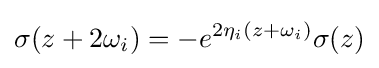
\sigma (z+2\omega _{i})=-e^{2\eta _{i}(z+\omega _{i})}\sigma (z)